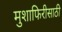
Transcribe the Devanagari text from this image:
मुशाफिरीसाठी